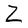
Character: Z